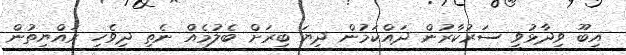
އިބޫ ވިދާޅުވީ ސަރުކާރުން ދައްކަމުން ދިޔަ ބިރަށް ބެލުމެއް ނެތި ދިވެހި ރައްޔިތުން